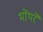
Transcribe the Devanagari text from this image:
भोंथरे